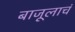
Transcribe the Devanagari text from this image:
बाजूलाचं